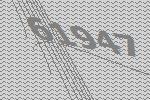
61947